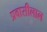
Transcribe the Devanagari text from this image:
प्रवासीलाल